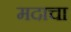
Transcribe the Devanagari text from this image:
मदाचा